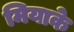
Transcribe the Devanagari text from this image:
मियाके